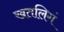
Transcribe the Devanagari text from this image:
खतलिगं